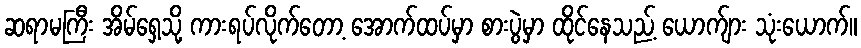
ဆရာမကြီး အိမ်ရှေ့သို့ ကားရပ်လိုက်တော့ အောက်ထပ်မှာ စားပွဲမှာ ထိုင်နေသည့် ယောက်ျား သုံးယောက်။